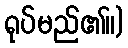
ရုပ်မည်၏။)